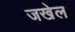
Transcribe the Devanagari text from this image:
जखेल